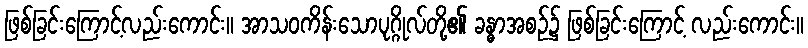
ဖြစ်ခြင်းကြောင့်လည်းကောင်း။ အာသဝကိန်းသောပုဂ္ဂိုလ်တို့၏ ခန္ဓာအစဉ်၌ ဖြစ်ခြင်းကြောင့် လည်းကောင်း။